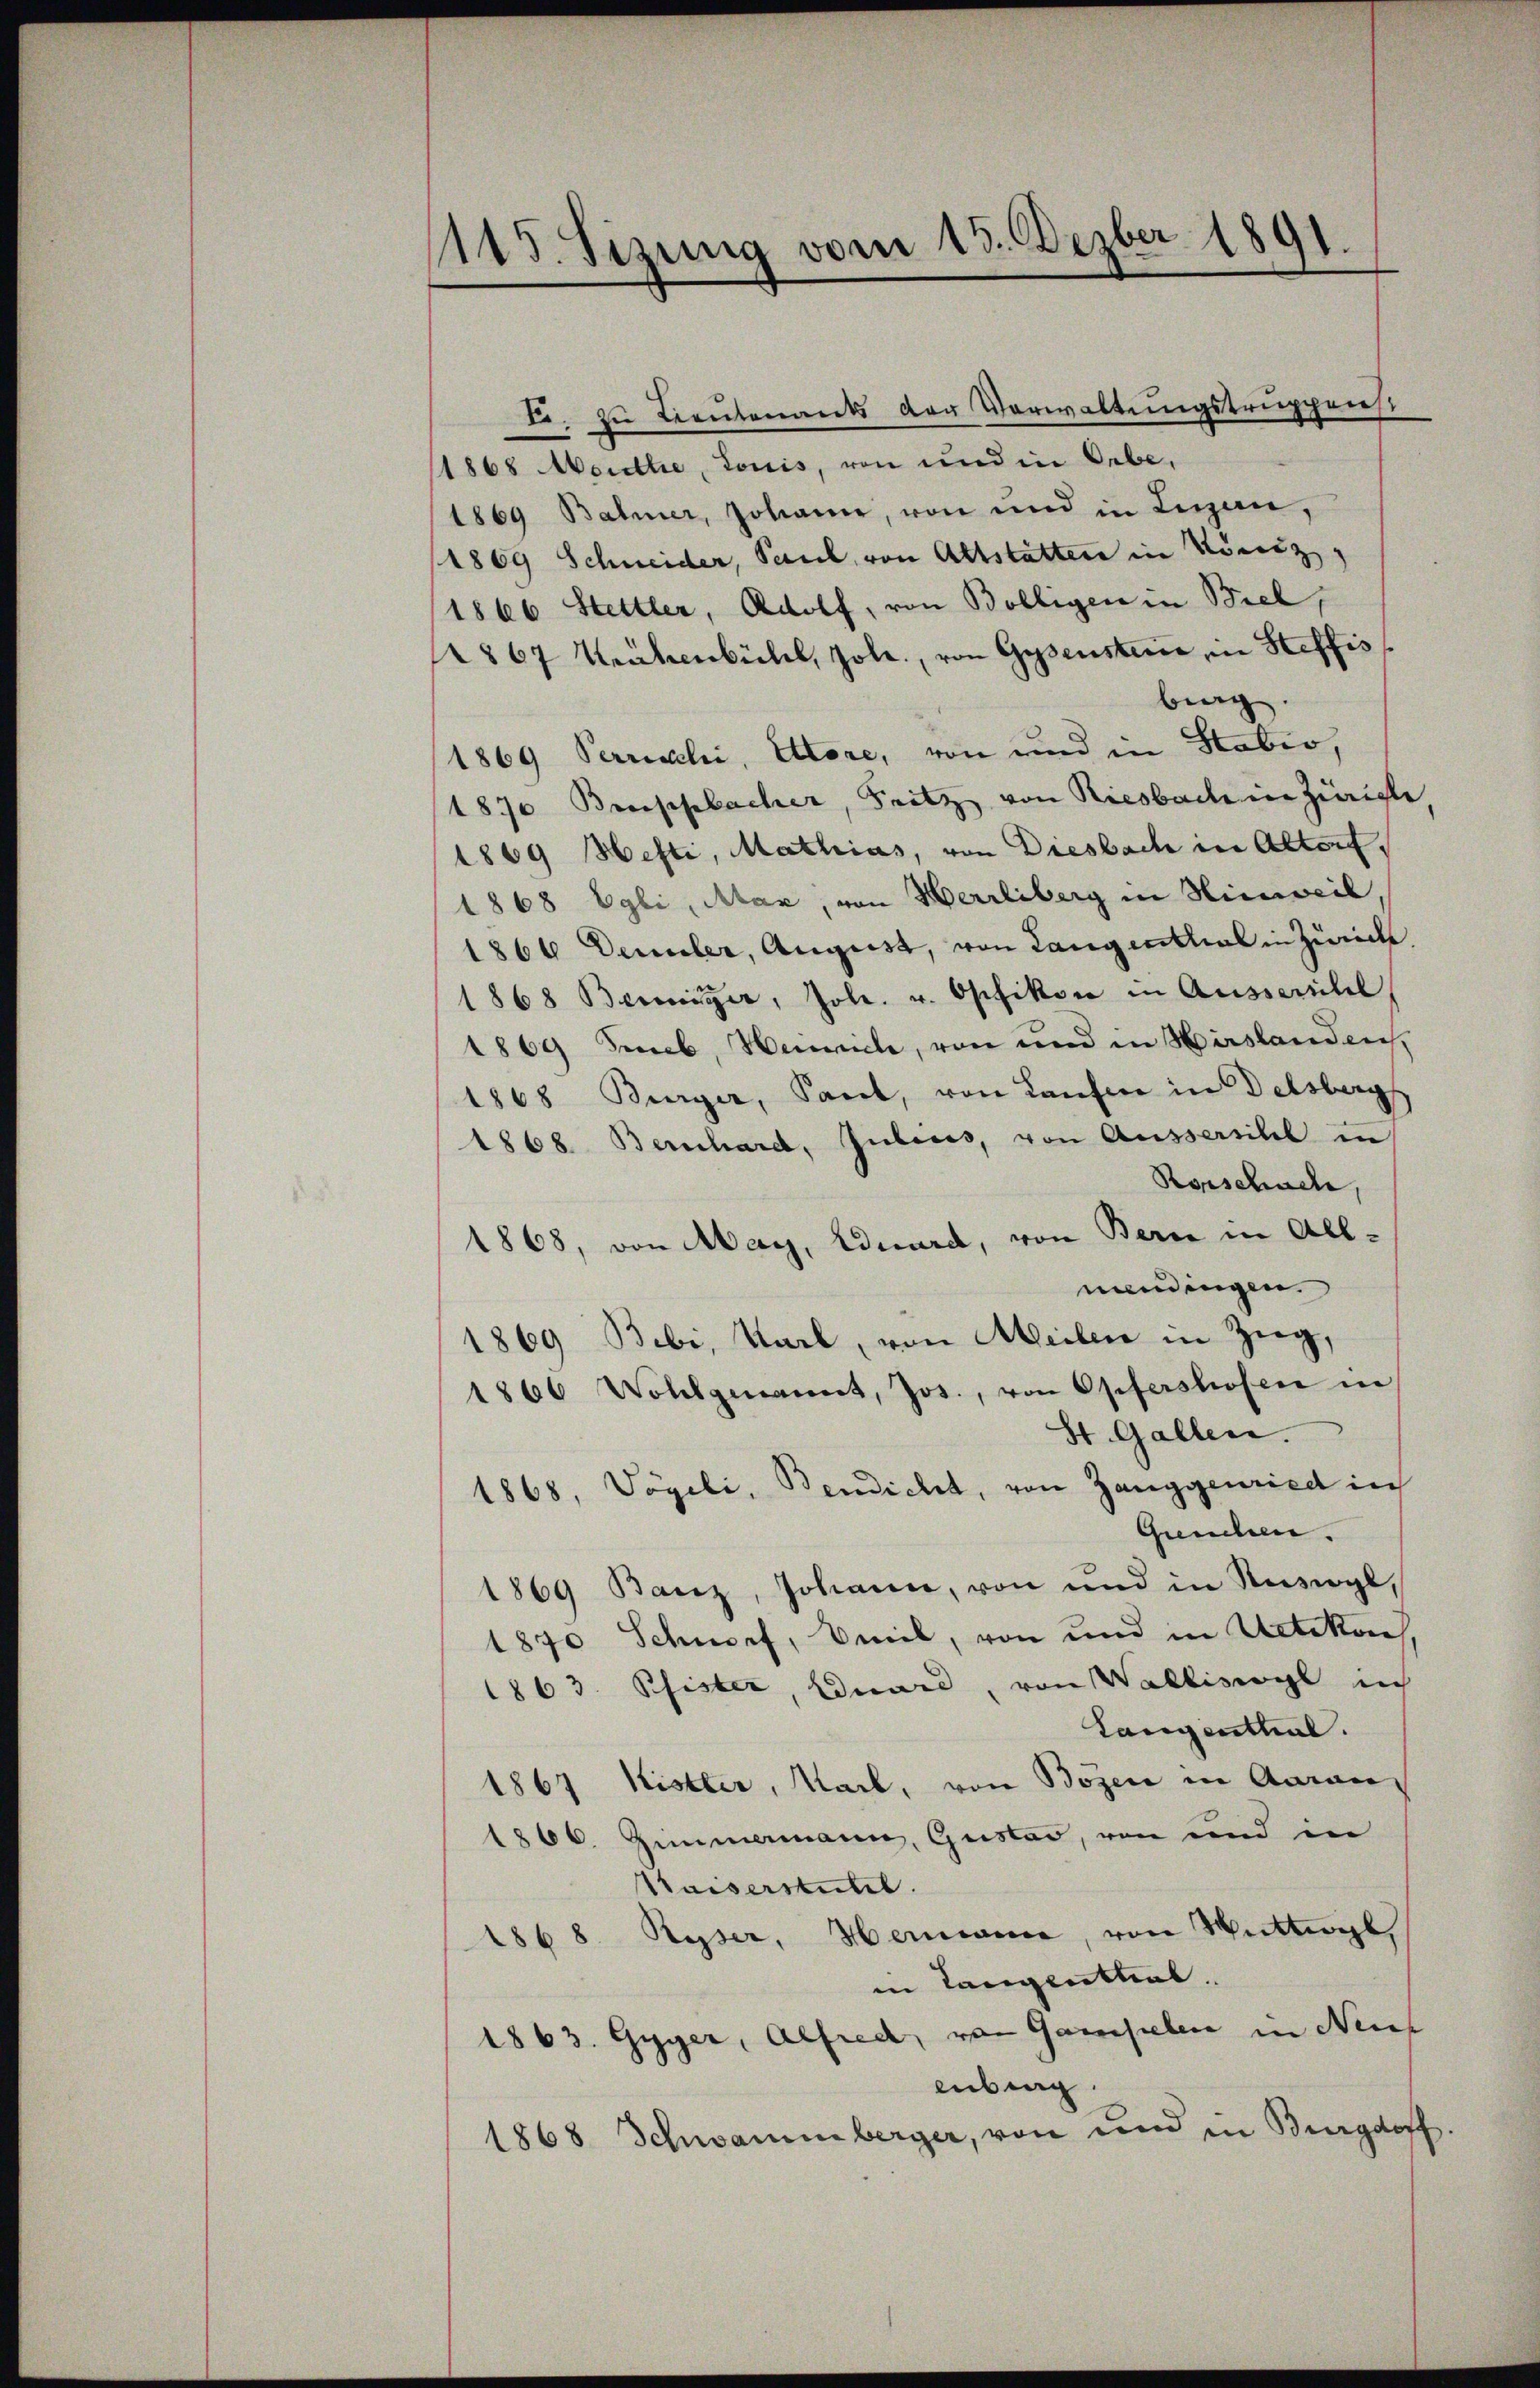
1115. Sizung vom 13. Dezber 1891.

1868 Monthe, Louis, von und in ebe
1869 Bahner, Johann, von und in Luzern,
(1869 Schneider, Paul von Altstatten in Köniz,
1866 Hettler, Adolf, von Bölligen in Biel,
867 Krähenbühl, Joli, von Gysenstence, in Steffis
berg
1869 Perreckli, Ettore, von und in Stabio,
1870 Breisbacher, Fritz von Riesbach in Zürich
1869 Hefti, Mathias, von Diesbach in Altorf,
1868 Egli, Max, von Herrliberg in Hinweil,
1866 Demler, August, von Langenthal in Zürich
1868 Besitzer, Joh. v. Opfikon in Ausserehel
1869 Seb, Henrich, von und in Hirslanden,
1868 Bürger, Sant, von Laufen in Delsberg
1868. Bernhard, Gubers, von Aussersihl in
Rorschach,
1868, von May, Eduard, von Berne in All-
mandingen.
1869 Bebi, Karl, von Meilen in Zug,
1866 Wohlgenannt, Jos., von Opfershofen in
St. Gallen.
1868, Vögeli, Bendicht, von Zanggenried in
Gunden.
1869 Banz, Johann, von und in Ruswyl,
1870 Schnorf, Veil, von und in Uetikon
1863. Pfister, Duard, von Walliswyl in
Langenthal.
1867 Kistler, Nack, von Bozen in Aarau
1866. Zimmermann, Gustav, von und in
Waiserstuhl.
1868 Ryser, Hermanne, von Mittwyl,
in Tangenstal
1863. Gyger, Alfred, von Gansehen in Neuf
lübing
1868 Schwammberger, von und in Burgdoff.

I. zu Leutenants der Verwaltungstruppenes